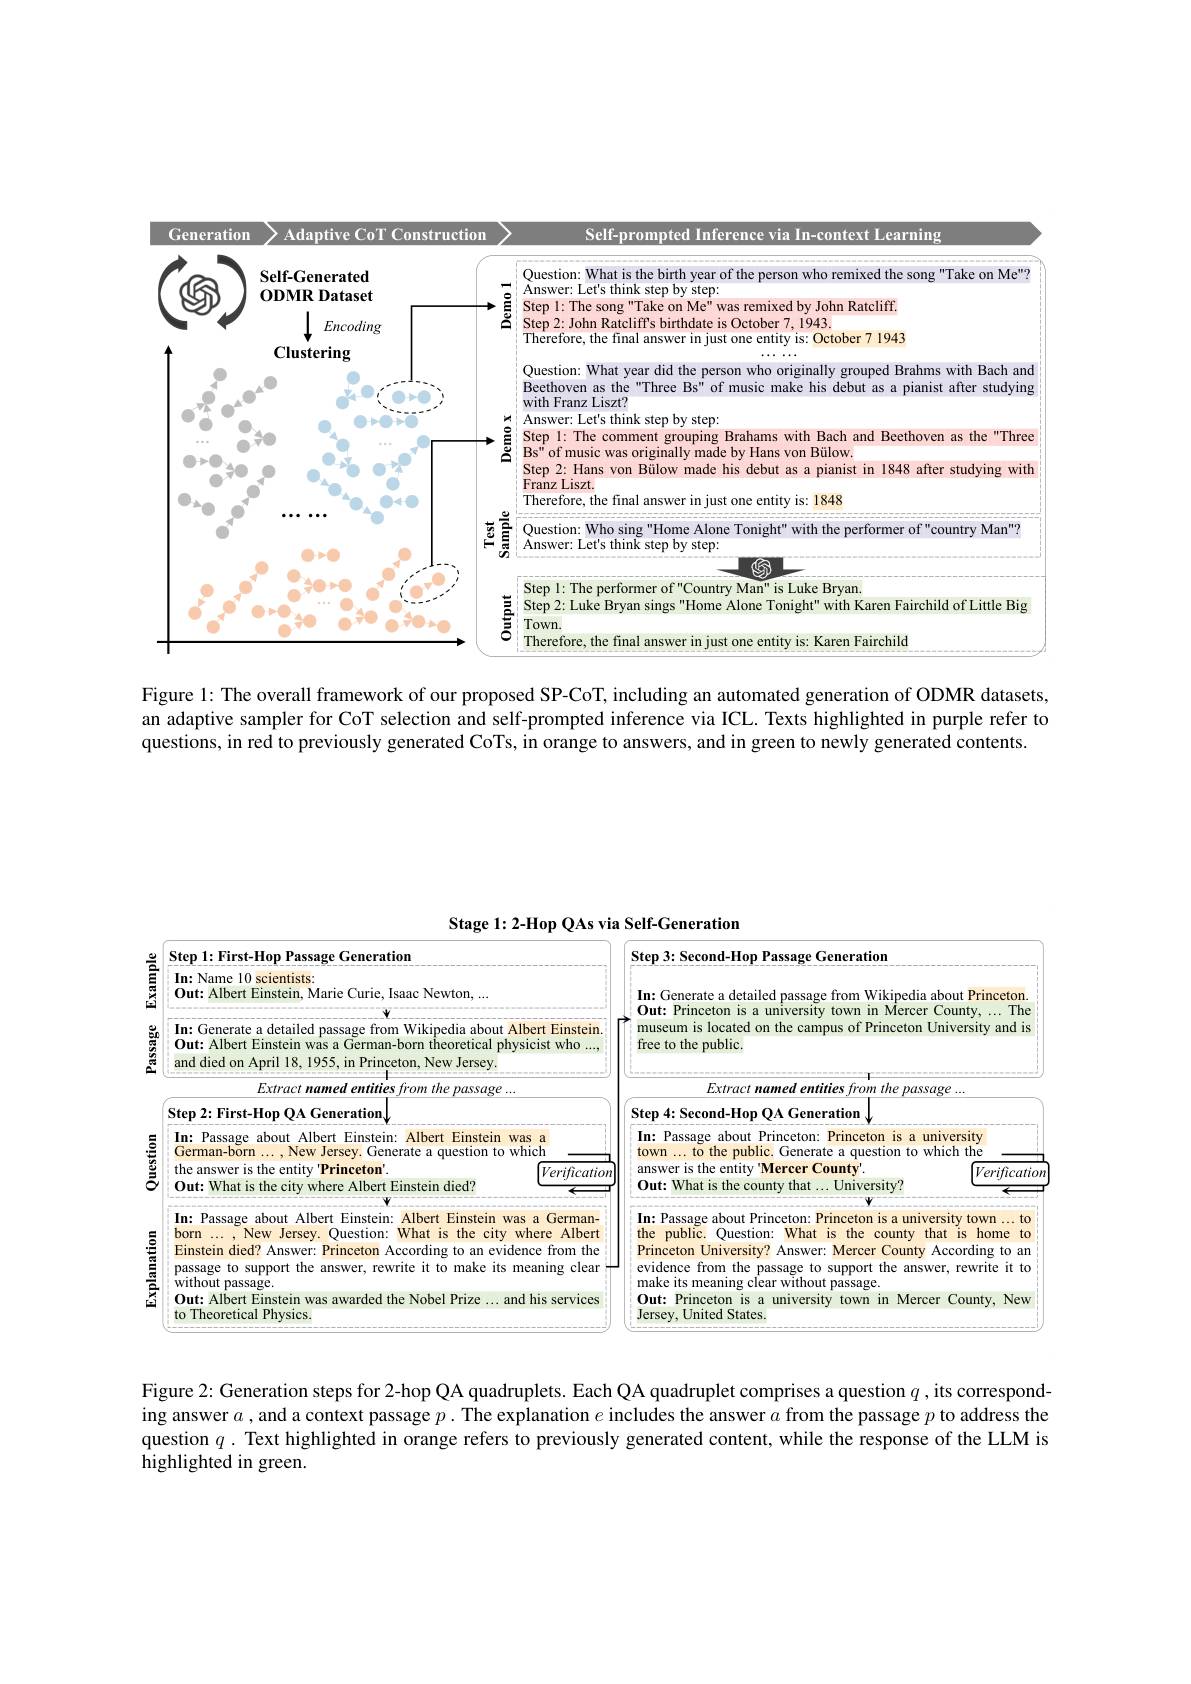
<FigureHere>

Figure 1: The overall framework of our proposed SP-CoT, including an automated generation of ODMR datasets, an adaptive sampler for CoT selection and self-prompted inference via ICL. Texts highlighted in purple refer to questions, in red to previously generated CoTs, in orange to answers, and in green to newly generated contents.

Stage 1: 2-Hop QAs via Self-Generation

<FigureHere>

Figure 2: Generation steps for 2-hop QA quadruplets. Each QA quadruplet comprises a question $q$ , its corresponding answer $a$ ,and a context passage $p.$ The explanation $e$ includes the answer $a$ from the passage $p$ to address the question $q.$ Text highlighted in orange refers to previously generated content, while the response of the LLM is highlighted in green.